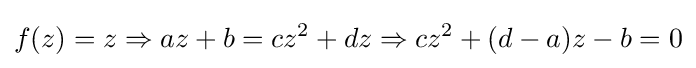
f(z)=z\Rightarrow az+b=cz^{2}+dz\Rightarrow cz^{2}+(d-a)z-b=0